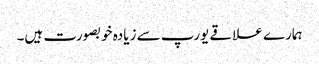
ہمارے علاقے یورپ سے زیادہ خوبصورت ہیں۔